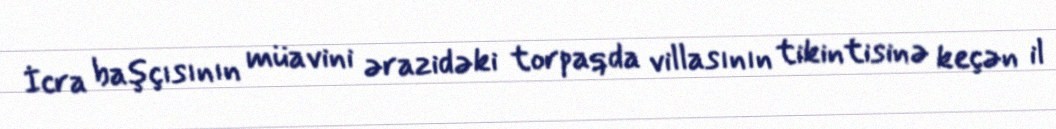
İcra başçısının müavini ərazidəki torpaqda villasının tikintisinə keçən il